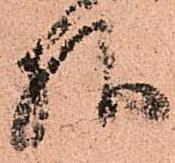
様